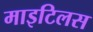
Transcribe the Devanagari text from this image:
माइटिलस